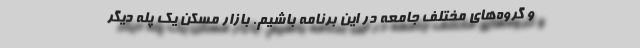
و گروه‌های مختلف جامعه در این برنامه باشیم. بازار مسکن یک پله دیگر